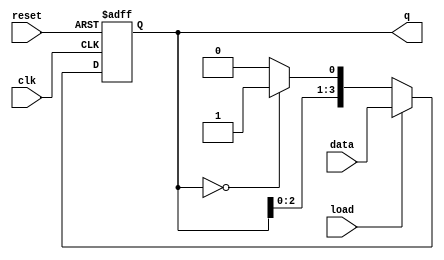
module loadable_ring_counter #(
    parameter N = 4  // Number of bits (and flip-flops)
)(
    input wire clk,           // Clock signal
    input wire load,          // Load control signal
    input wire reset,         // Reset signal
    input wire [N-1:0] data,  // Data input for loading
    output reg [N-1:0] q      // Counter output
);

    // Internal signal to hold the next state
    reg [N-1:0] next_q;

    always @(posedge clk or posedge reset) begin
        if (reset) begin
            // Reset all flip-flops to zero
            q <= {N{1'b0}};
        end else if (load) begin
            // Load the data into the counter
            q <= data;
        end else begin
            // Ring counter operation
            next_q = {q[N-2:0], q[N-1]}; // Shift left
            // Ensure only one bit is high
            if (q == {N{1'b0}}) begin
                next_q[0] = 1'b1; // Start with first bit if all are zero
            end else begin
                next_q[0] = 1'b0; // Maintain the ring structure
            end
            q <= next_q;
        end
    end

endmodule